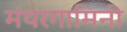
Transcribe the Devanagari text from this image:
मंथरगामिनी